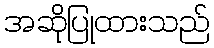
အဆိုပြုထားသည်